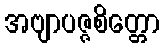
အဗျာပဇ္ဇစိတ္တော